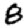
Digit: 8